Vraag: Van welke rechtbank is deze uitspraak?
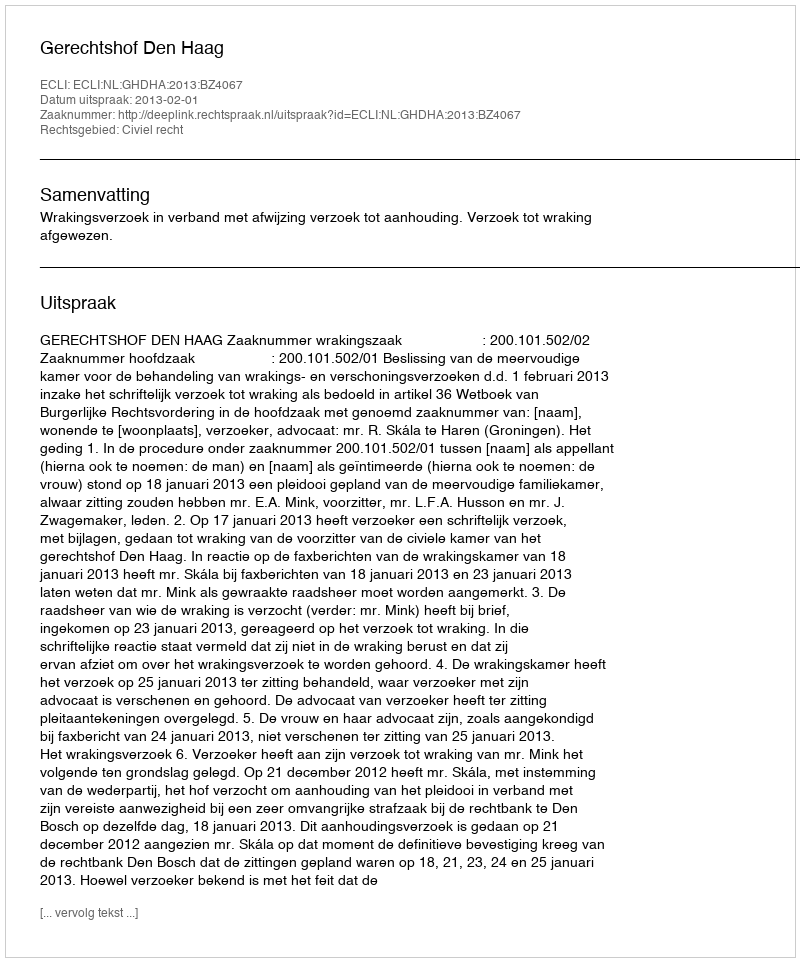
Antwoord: Gerechtshof Den Haag